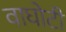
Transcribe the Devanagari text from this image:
वाघोटी